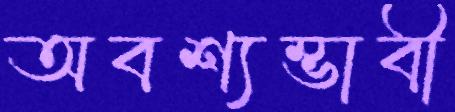
অবশ্যম্ভাবী